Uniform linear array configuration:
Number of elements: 32
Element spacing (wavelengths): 1
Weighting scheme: kaiser
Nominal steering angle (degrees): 15
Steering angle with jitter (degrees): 14.928
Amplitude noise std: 0.05
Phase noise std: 0.05

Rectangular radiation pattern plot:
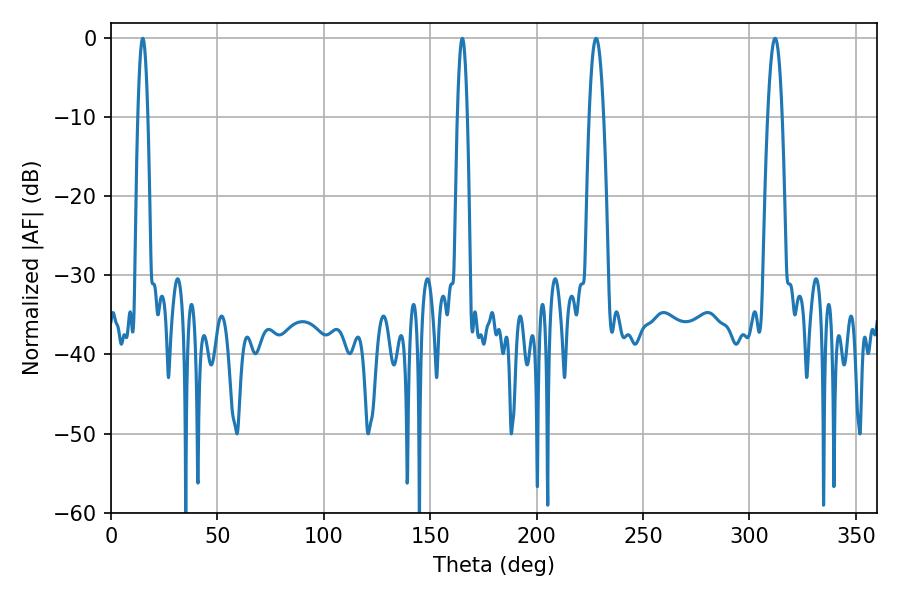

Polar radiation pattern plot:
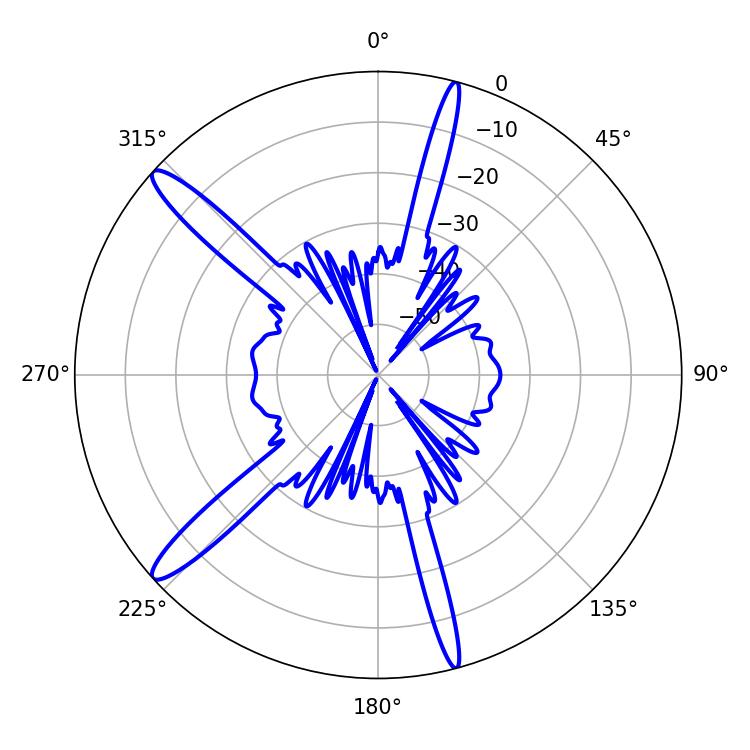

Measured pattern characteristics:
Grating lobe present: TRUE
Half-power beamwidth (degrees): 2.52
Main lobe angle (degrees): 14.94